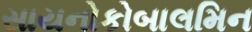
સાયનોકોબાલમિન